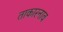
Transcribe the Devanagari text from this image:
ताकारनाव